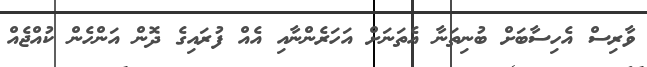
ވާރިސް އެހިސާބަށް ބުނިތަނާ އެތަނަށް އަހަރެންނާއި އެއް ފުރައިގެ ދޮން އަންހެން ކުއްޖެއް